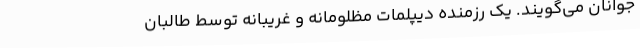
جوانان می‌گویند. یک رزمنده دیپلمات مظلومانه و غریبانه توسط طالبان